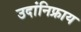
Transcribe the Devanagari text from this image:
उदांनिफ्राय